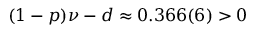
( 1 - p ) \nu - d \approx 0 . 3 6 6 ( 6 ) > 0